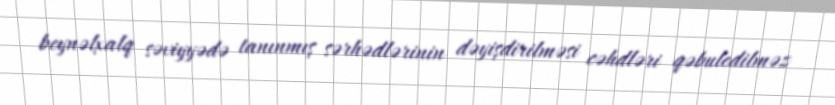
beynəlxalq səviyyədə tanınmış sərhədlərinin dəyişdirilməsi cəhdləri qəbuledilməz